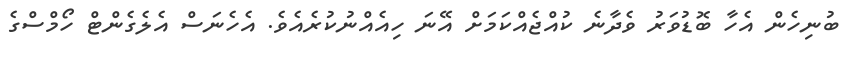
ބުނިހެން އެހާ ބޮޑުވަރު ވެދާނެ ކުއްޖެއްކަމަށް އޭނަ ހިއެއްނުކުރެއެވެ. އެހެނަސް އެލެގެންޓް ހޯމްސްގެ